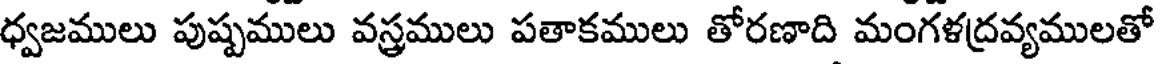
ధ్వజములు పుష్పములు వస్త్రములు పతాకములు తోరణాది మంగళద్రవ్యములతో